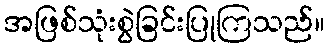
အဖြစ်သုံးစွဲခြင်းပြုကြသည်။